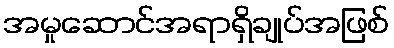
အမှုဆောင်အရာရှိချုပ်အဖြစ်